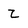
Character: Z